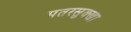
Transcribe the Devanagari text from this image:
पतरसुक्खा